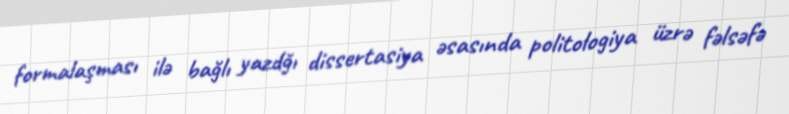
formalaşması ilə bağlı yazdğı dissertasiya əsasında politologiya üzrə fəlsəfə